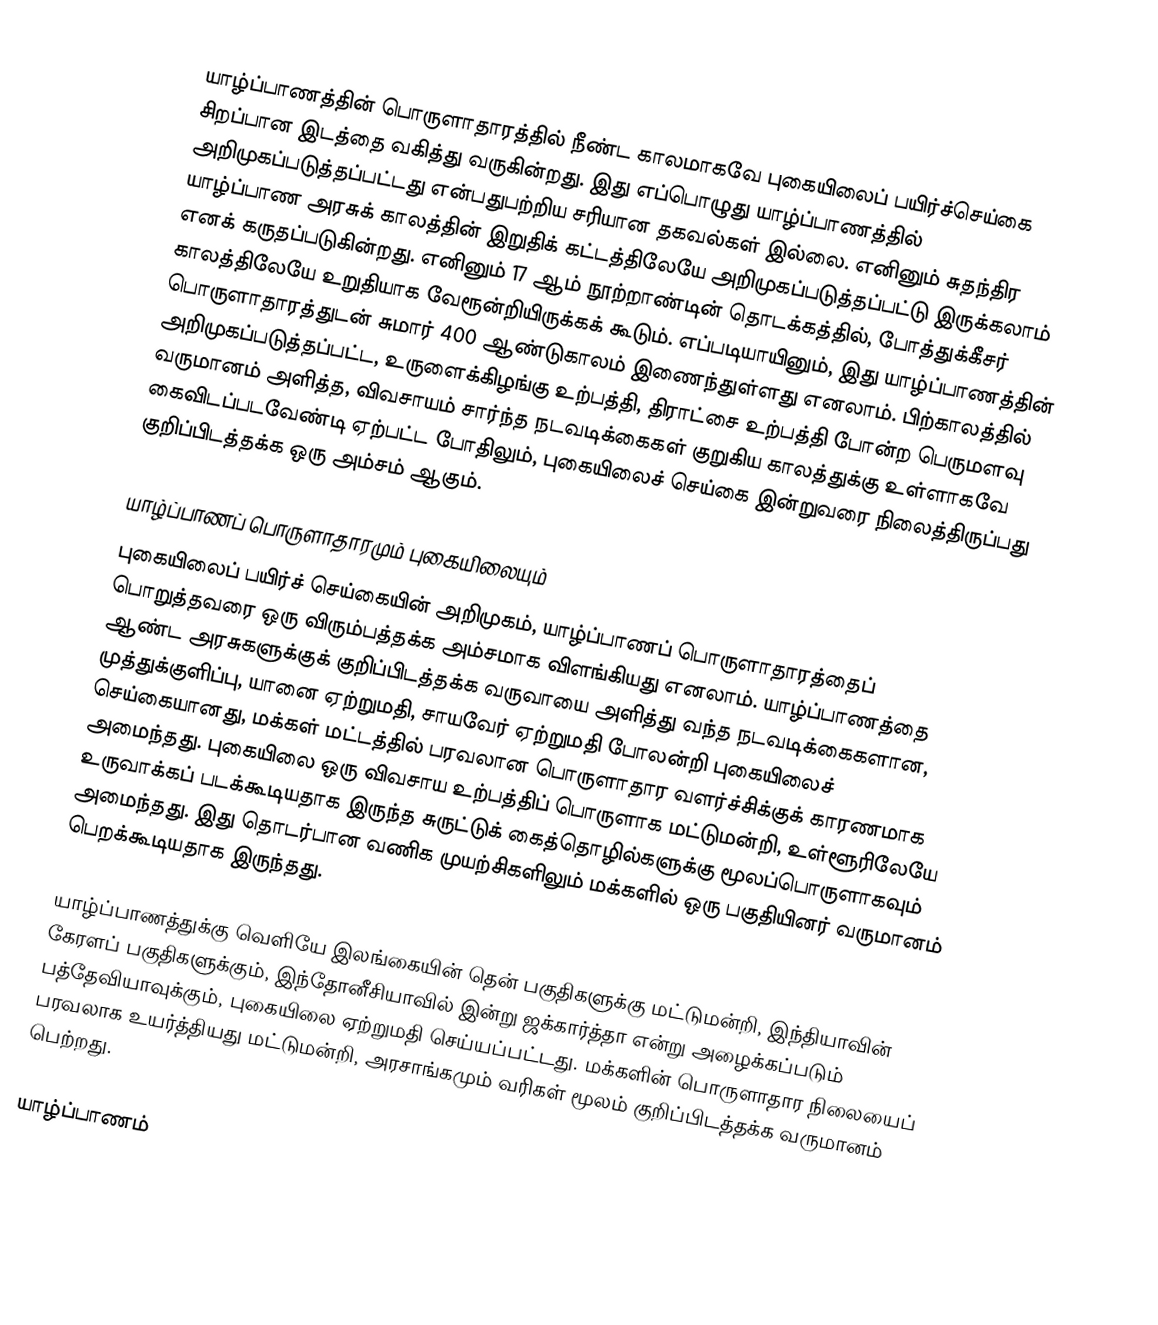
யாழ்ப்பாணத்தின் பொருளாதாரத்தில் நீண்ட காலமாகவே புகையிலைப் பயிர்ச்செய்கை சிறப்பான இடத்தை வகித்து வருகின்றது. இது எப்பொழுது யாழ்ப்பாணத்தில் அறிமுகப்படுத்தப்பட்டது என்பதுபற்றிய சரியான தகவல்கள் இல்லை. எனினும் சுதந்திர யாழ்ப்பாண அரசுக் காலத்தின் இறுதிக் கட்டத்திலேயே அறிமுகப்படுத்தப்பட்டு இருக்கலாம் எனக் கருதப்படுகின்றது. எனினும் 17 ஆம் நூற்றாண்டின் தொடக்கத்தில், போத்துக்கீசர் காலத்திலேயே உறுதியாக வேரூன்றியிருக்கக் கூடும். எப்படியாயினும், இது யாழ்ப்பாணத்தின் பொருளாதாரத்துடன் சுமார் 400 ஆண்டுகாலம் இணைந்துள்ளது எனலாம். பிற்காலத்தில் அறிமுகப்படுத்தப்பட்ட, உருளைக்கிழங்கு உற்பத்தி, திராட்சை உற்பத்தி போன்ற பெருமளவு வருமானம் அளித்த, விவசாயம் சார்ந்த நடவடிக்கைகள் குறுகிய காலத்துக்கு உள்ளாகவே கைவிடப்படவேண்டி ஏற்பட்ட போதிலும், புகையிலைச் செய்கை இன்றுவரை நிலைத்திருப்பது குறிப்பிடத்தக்க ஒரு அம்சம் ஆகும்.

யாழ்ப்பாணப் பொருளாதாரமும் புகையிலையும்
புகையிலைப் பயிர்ச் செய்கையின் அறிமுகம், யாழ்ப்பாணப் பொருளாதாரத்தைப் பொறுத்தவரை ஒரு விரும்பத்தக்க அம்சமாக விளங்கியது எனலாம். யாழ்ப்பாணத்தை ஆண்ட அரசுகளுக்குக் குறிப்பிடத்தக்க வருவாயை அளித்து வந்த நடவடிக்கைகளான, முத்துக்குளிப்பு, யானை ஏற்றுமதி, சாயவேர் ஏற்றுமதி போலன்றி புகையிலைச் செய்கையானது, மக்கள் மட்டத்தில் பரவலான பொருளாதார வளர்ச்சிக்குக் காரணமாக அமைந்தது. புகையிலை ஒரு விவசாய உற்பத்திப் பொருளாக மட்டுமன்றி, உள்ளூரிலேயே உருவாக்கப் படக்கூடியதாக இருந்த சுருட்டுக் கைத்தொழில்களுக்கு மூலப்பொருளாகவும் அமைந்தது. இது தொடர்பான வணிக முயற்சிகளிலும் மக்களில் ஒரு பகுதியினர் வருமானம் பெறக்கூடியதாக இருந்தது.

யாழ்ப்பாணத்துக்கு வெளியே இலங்கையின் தென் பகுதிகளுக்கு மட்டுமன்றி, இந்தியாவின் கேரளப் பகுதிகளுக்கும், இந்தோனீசியாவில் இன்று ஜக்கார்த்தா என்று அழைக்கப்படும் பத்தேவியாவுக்கும், புகையிலை ஏற்றுமதி செய்யப்பட்டது. மக்களின் பொருளாதார நிலையைப் பரவலாக உயர்த்தியது மட்டுமன்றி, அரசாங்கமும் வரிகள் மூலம் குறிப்பிடத்தக்க வருமானம் பெற்றது.

யாழ்ப்பாணம்